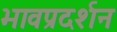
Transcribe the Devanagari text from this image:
भावप्रदर्शन